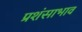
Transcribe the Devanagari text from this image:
प्रशंसाभाव